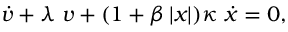
\dot { \mathnormal { v } } + \lambda \; \mathnormal { v } + ( 1 + \beta \left| x \right| ) \kappa \; \dot { x } = 0 ,